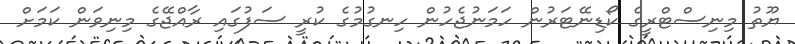
ޔޫތު މިނިސްޓްރީގެ ކޯޑިނޭޓަރުން ހަމަނުޖެހުން ހިނގުމުގެ ކުރީ ސަފުގައި ރާއްޖޭގެ މިނިވަން ކަމަށް